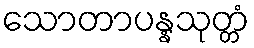
သောတာပန္နသုတ္တံ